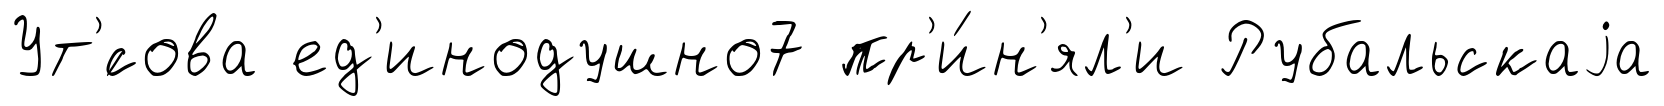
Ут'́сова ед'инодушно7 пр'и́н'ял'и Рубальскаjа